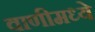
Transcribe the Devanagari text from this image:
वाणीमध्ये